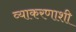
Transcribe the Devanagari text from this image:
व्याकरणाशी